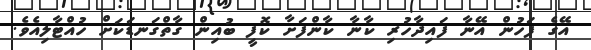
އޭގެ ފަހުން އޭނާ ފައިދާހުރި ކާނާ ކާންފަށާ ކޮފީ ބުއިން ގާތްގަނޑަކަށް ހުއްޓާލިއެވެ.